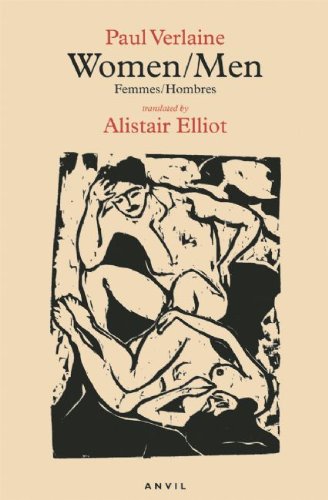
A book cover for Women/Men: Femmes/Hombres (French and English Edition); Paul Verlaine; Romance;